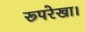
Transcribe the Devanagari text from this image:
रूपरेखा।